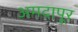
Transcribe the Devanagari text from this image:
अमदापूर